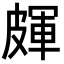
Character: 皹